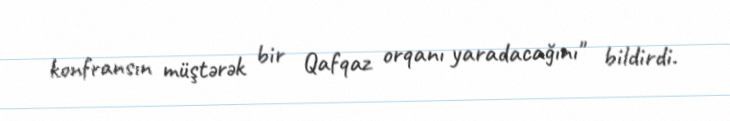
konfransın müştərək bir Qafqaz orqanı yaradacağını" bildirdi.